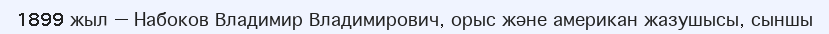
1899 жыл — Набоков Владимир Владимирович, орыс және американ жазушысы, сыншы